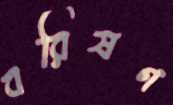
বরিষণ